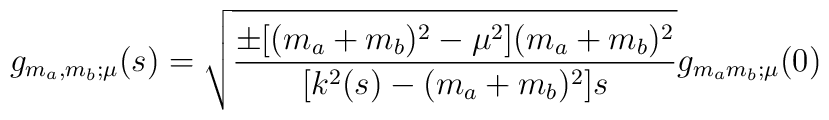
g_{m_a,m_b;\mu}(s)=\sqrt{ { \pm [(m_a+m_b)^2 -\mu^2](m_a+m_b)^2\over[k^2(s)-(m_a+m_b)^2]s} }g_{m_am_b;\mu}(0)